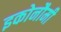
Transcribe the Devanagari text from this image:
इकोनौमी